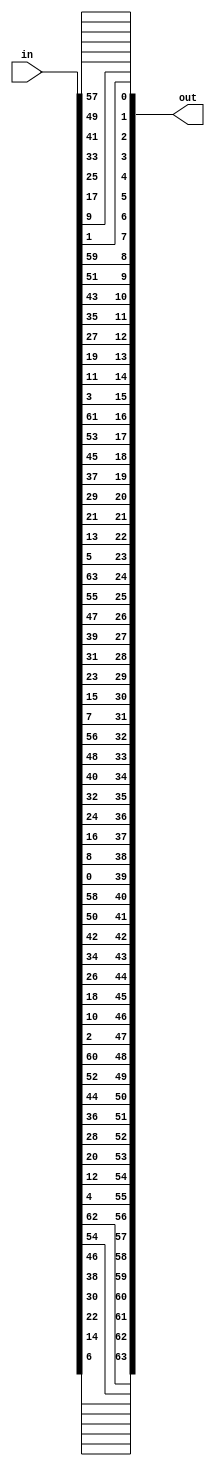
`timescale 1ns / 1ps
//////////////////////////////////////////////////////////////////////////////////
// Company: 
// Engineer: 
// 
// Design Name: 
// Module Name: InitialPermutation
// Project Name: 
// Target Devices: 
// Tool Versions: 
// Description: 
// 
// Dependencies: 
// 
// Revision:
// Revision 0.01 - File Created
// Additional Comments:
// 
//////////////////////////////////////////////////////////////////////////////////


module InitialPermutation(
    input [0:8*8 - 1] in,
    output reg [0:8*8 - 1] out
    );

    always @*
    begin: permute
    
        integer i;

        for (i = 0; i < 8; i = i + 1) begin
            out[0 * 8 + i] = in[(7 - i) * 8 + 1];
            out[1 * 8 + i] = in[(7 - i) * 8 + 3];
            out[2 * 8 + i] = in[(7 - i) * 8 + 5];
            out[3 * 8 + i] = in[(7 - i) * 8 + 7];
            out[4 * 8 + i] = in[(7 - i) * 8 + 0];
            out[5 * 8 + i] = in[(7 - i) * 8 + 2];
            out[6 * 8 + i] = in[(7 - i) * 8 + 4];
            out[7 * 8 + i] = in[(7 - i) * 8 + 6];
            
        end
    end
    
endmodule